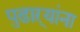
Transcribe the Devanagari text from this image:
पुढाऱ्यांना